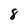
Character: 8